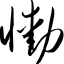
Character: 恸